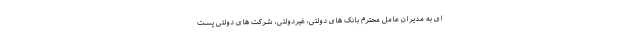
ای به مدیران عامل محترم بانک های دولتی، غیردولتی، شرکت های دولتی پست